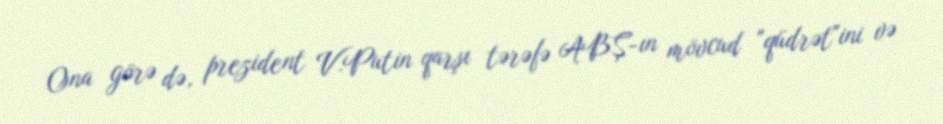
Ona görə də, prezident V.Putin qarşı tərəfə ABŞ-ın mövcud "qüdrət"ini və